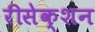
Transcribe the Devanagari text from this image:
रीसेक्शन